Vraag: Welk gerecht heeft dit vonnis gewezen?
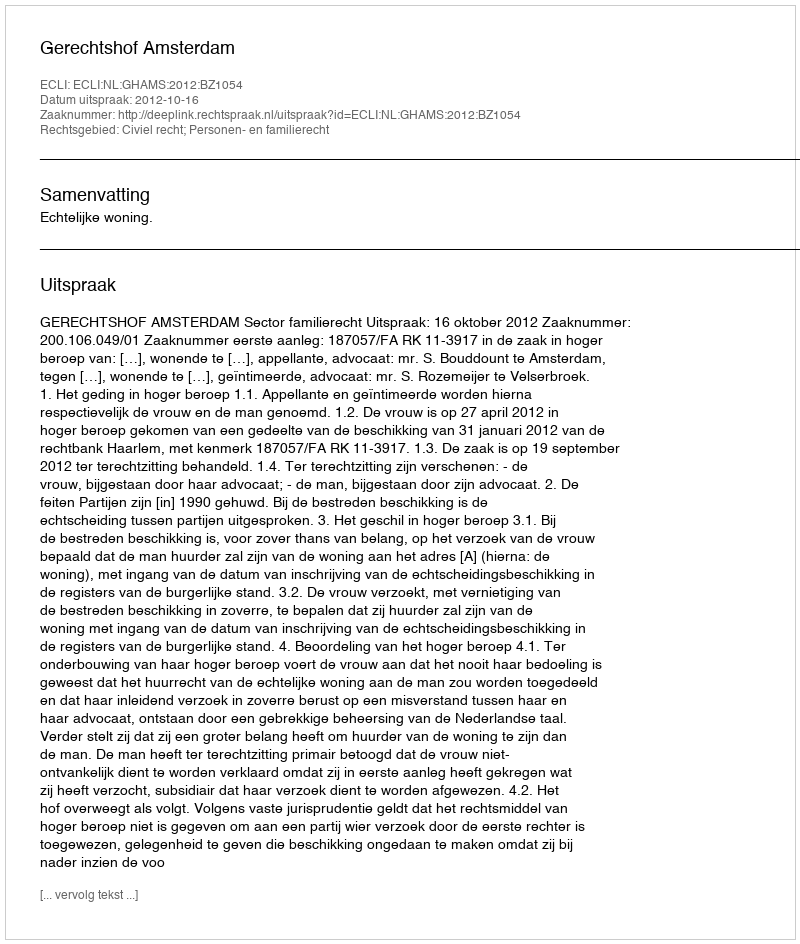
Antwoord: Gerechtshof Amsterdam